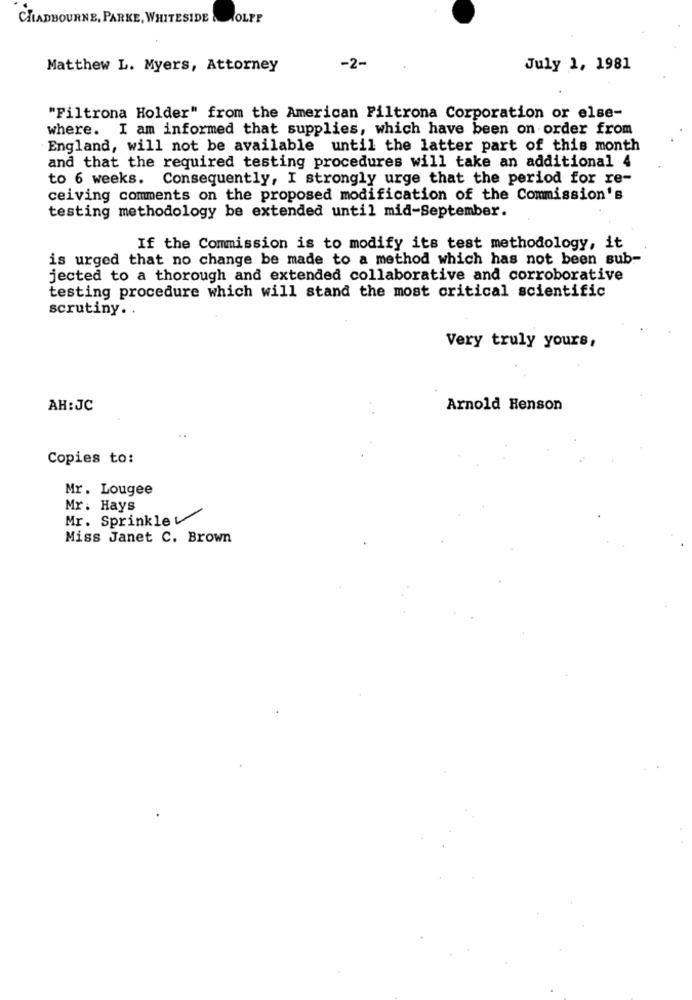
CHADBOURNE, PARKE, WHITESIDE & WOLFF
Matthew L. Myers, Attorney
-2-
July 1, 1981
"Filtrona Holder" from the American Filtrona Corporation or else-
where. I am informed that supplies, which have been on order from
England, will not be available until the latter part of this month
and that the required testing procedures will take an additional 4
to 6 weeks. Consequently, I strongly urge that the period for re-
ceiving comments on the proposed modification of the Commission's
testing methodology be extended until mid-September.
If the Commission is to modify its test methodology, it
is urged that no change be made to a method which has not been sub-
jected to a thorough and extended collaborative and corroborative
testing procedure which will stand the most critical scientific
scrutiny ..
Very truly yours,
AH:JC
Arnold Henson
Copies to:
Mr. Lougee
Mr. Hays
Mr. Sprinkle
Miss Janet C. Brown